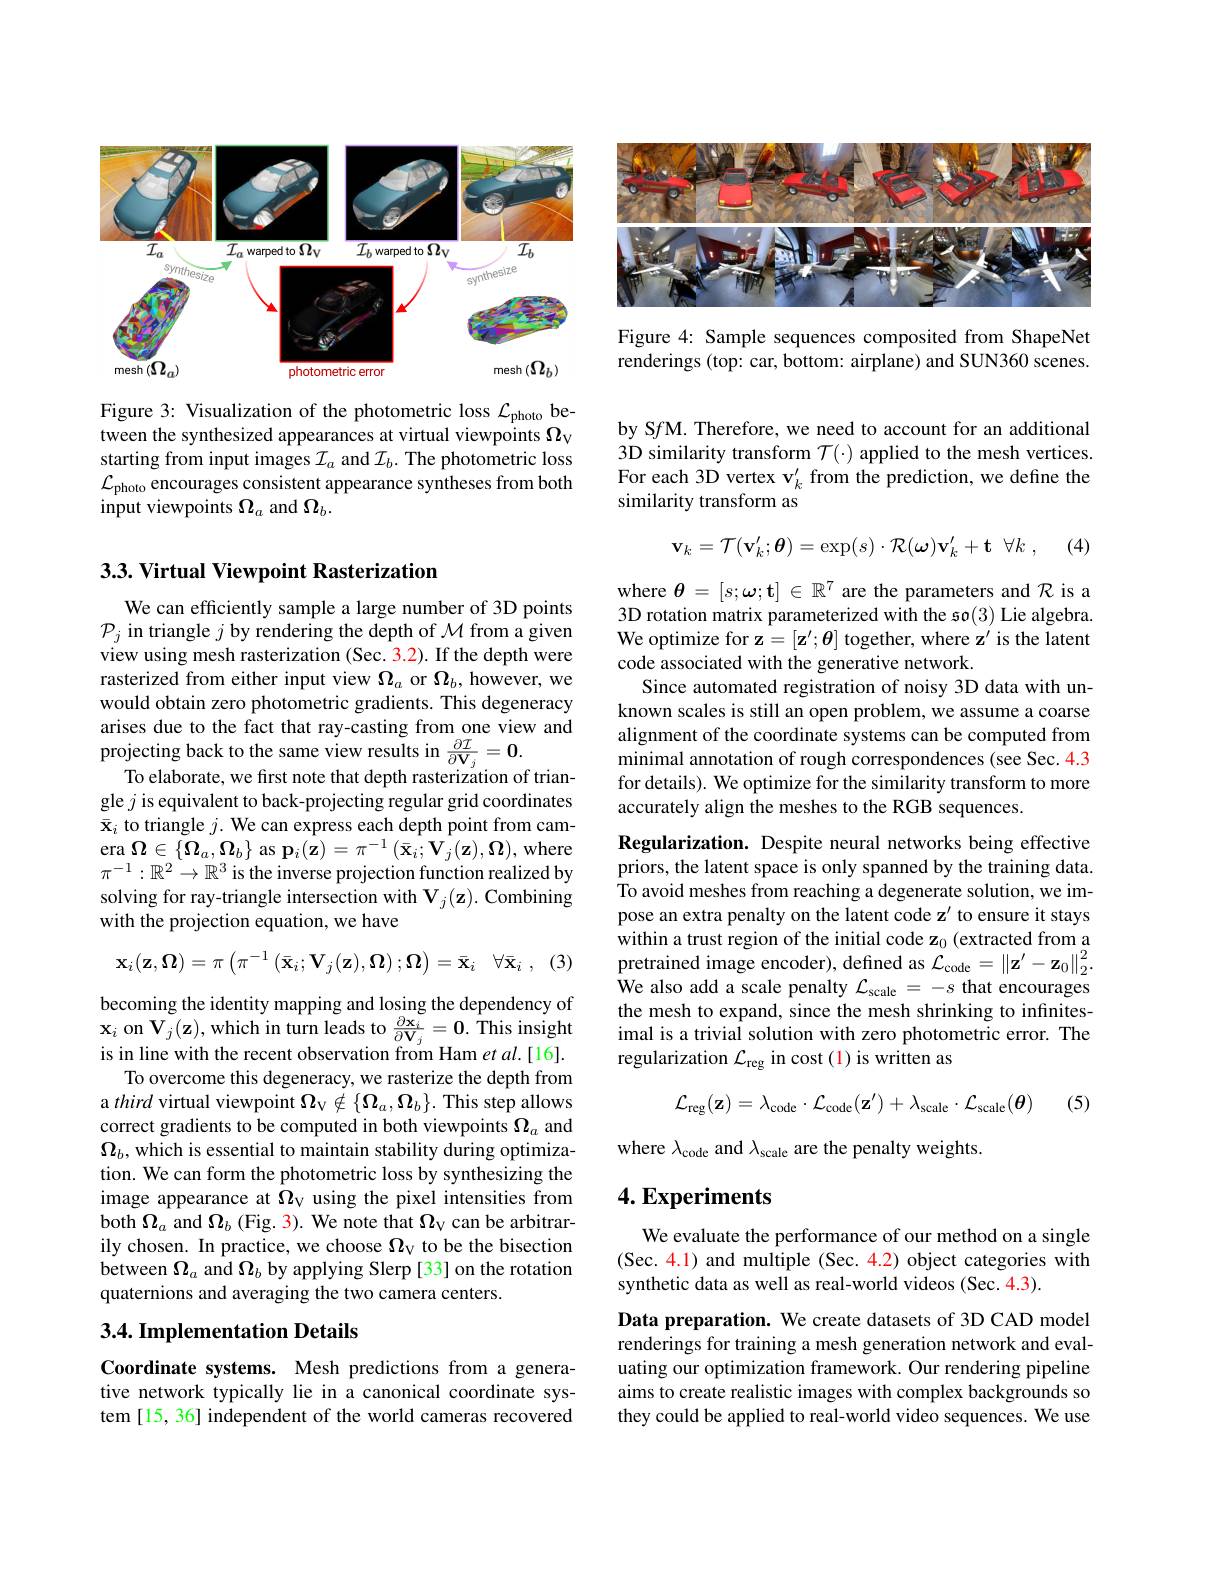
<FigureHere>

Figure 3: Visualization of the photometric loss $\mathcal{L}_\mathrm{photo}$ between the synthesized appearances at virtual viewpoints $\Omega_\mathrm{V}$ starting from input images $\mathcal{I}_a$ and $\mathcal{I}_b.$ The photometric loss $\mathcal{L}_{\mathrm{photo~encourages~consistent~appearance~syntheses~from~both}}$ input viewpoints $\Omega_a$ and $\Omega_b.$

## 3.3. Virtual Viewpoint Rasterization

We can efficiently sample a large number of 3D points $\mathcal{P}_j$ in triangle $j$ by rendering the depth of $\mathcal{M}$ from a given view using mesh rasterization (Sec. 3.2). If the depth were rasterized from either input view $\Omega_a$ or $\Omega_b$, however, we would obtain zero photometric gradients. This degeneracy arises due to the fact that ray-casting from one view and projecting back to the same view results in $\frac{\partial\mathcal{I}}{\partial\mathbf{V}_j}=\mathbf{0}.$To elaborate, we first note that depth rasterization of triangle $j$ is equivalent to back-projecting regular grid coordinates $\bar{\mathbf{x}}_i$ to triangle $j.$ We can express each depth point from cam- $\mathop{\mathrm{era~}}\boldsymbol{\Omega}\in\{\boldsymbol{\Omega}_{a},\boldsymbol{\Omega}_{b}\}$ as $\mathbf{p}_{i}(\mathbf{z})=\pi^{-1}\left(\bar{\mathbf{x}}_{i};\mathbf{V}_{j}(\mathbf{z}),\boldsymbol{\Omega}\right)$,where $\pi^{-1}:\mathbb{R}^2\to\mathbb{R}^3$ is the inverse projection function realized by solving for ray-triangle intersection with $\mathbf{V}_j(\mathbf{z}).$ Combining with the projection equation, we have
$$\mathbf{x}_{i}(\mathbf{z},\mathbf{\Omega})=\pi\left(\pi^{-1}\left(\bar{\mathbf{x}}_{i};\mathbf{V}_{j}(\mathbf{z}),\mathbf{\Omega}\right);\mathbf{\Omega}\right)=\bar{\mathbf{x}}_{i}\quad\forall\bar{\mathbf{x}}_{i}\:,$$
(3)

becoming the identity mapping and losing the dependency of $\mathbf{x}_{i}$ on $\mathbf{V}_j(\mathbf{z})$,which in turn leads to $\frac{\partial\mathbf{x}_{i}}{\partial\mathbf{V}_{j}}=\mathbf{0}.$ This insight is in line with the recent observation from Ham et al.[16].
To overcome this degeneracy, we rasterize the depth from a third virtual viewpoint $\Omega_\mathrm{V}\notin\{\Omega_a,\Omega_b\}.$ This step allows correct gradients to be computed in both viewpoints $\Omega_a$ and $\Omega_b$, which is essential to maintain stability during optimization. We can form the photometric loss by synthesizing the image appearance at $\Omega_\mathrm{V}$ using the pixel intensities from both $\Omega_a$ and $\Omega_b$ (Fig. 3). We note that $\Omega_\mathrm{v}$ can be arbitrarily chosen. In practice, we choose $\Omega_\mathrm{V}$ to be the bisection between $\Omega_a$ and $\Omega_b$ by applying Slerp [33] on the rotation quaternions and averaging the two camera centers.

### 3.4. Implementation Details

Coordinate systems. Mesh predictions from a generative network typically lie in a canonical coordinate system [15, 36] independent of the world cameras recovered

<FigureHere>

Figure 4: Sample sequences composited from ShapeNet renderings (top: car, bottom: airplane) and SUN360 scenes.

by S$f$M. Therefore, we need to account for an additional 3D similarity transform $\mathcal{T}(\cdot)$ applied to the mesh vertices. For each 3D vertex $\mathbf{v}_k^{\prime}$ from the prediction, we define the similarity transform as

(4)
$$\mathbf{v}_{k}=\mathcal{T}(\mathbf{v}_{k}^{\prime};\boldsymbol{\theta})=\exp(s)\cdot\mathcal{R}(\boldsymbol{\omega})\mathbf{v}_{k}^{\prime}+\mathbf{t}\:\forall k\:,$$
where $\theta=[s;\omega;\mathbf{t}]\in\mathbb{R}^{7}$ are the parameters and $\mathcal{R}$ is a 3D rotation matrix parameterized with the so(3) Lie algebra. We optimize for $\mathbf{z}=[\mathbf{z}^{\prime};\boldsymbol{\theta}]$ together, where z' is the latent code associated with the generative network.
Since automated registration of noisy 3D data with unknown scales is still an open problem, we assume a coarse alignment of the coordinate systems can be computed from minimal annotation of rough correspondences (see Sec. 4.3 for details). We optimize for the similarity transform to more accurately align the meshes to the RGB sequences.

Regularization. Despite neural networks being effective priors, the latent space is only spanned by the training data. To avoid meshes from reaching a degenerate solution, we impose an extra penalty on the latent code z' to ensure it stays within a trust region of the initial code z$_0$ (extracted from a pretrained image encoder), defined as $\mathcal{L}_\mathrm{code}=\|\mathbf{z}^{\prime}-\mathbf{z}_0\|_2^2.$ $\hat{\text{We also add a scale penalty }\mathcal{L}}_{\mathrm{scale}}=-s$ that encourages the mesh to expand, since the mesh shrinking to infinitesimal is a trivial solution with zero photometric error. The regularization $\mathcal{L}_\mathrm{reg}$ in cost (1) is written as
$$\mathcal{L}_{\mathrm{reg}}(\mathbf{z})=\lambda_{\mathrm{code}}\cdot\mathcal{L}_{\mathrm{code}}(\mathbf{z}')+\lambda_{\mathrm{scale}}\cdot\mathcal{L}_{\mathrm{scale}}(\boldsymbol{\theta})$$
(5)

where $\lambda_\mathrm{code}$ and $\lambda_\mathrm{scale}$ are the penalty weights.

## $4. \textbf{Experiments}$

We evaluate the performance of our method on a single (Sec. 4.1) and multiple (Sec. 4.2) object categories with synthetic data as well as real-world videos (Sec. 4.3).

Data preparation. We create datasets of 3D CAD model renderings for training a mesh generation network and evaluating our optimization framework. Our rendering pipeline aims to create realistic images with complex backgrounds so they could be applied to real-world video sequences. We use